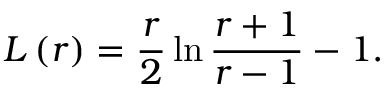
L \left( r \right) = \frac r 2 \ln \frac { r + 1 } { r - 1 } - 1 .